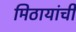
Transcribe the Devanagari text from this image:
मिठायांची